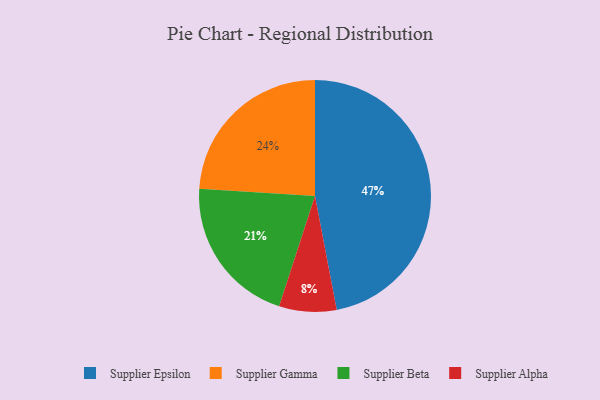
{"axis": {"x": "Category", "y": "Percentage"}, "legend": ["Supplier Alpha", "Supplier Beta", "Supplier Epsilon", "Supplier Gamma"], "data": [{"x": "Supplier Epsilon", "y": 47, "type": "Supplier Epsilon"}, {"x": "Supplier Alpha", "y": 8, "type": "Supplier Alpha"}, {"x": "Supplier Beta", "y": 21, "type": "Supplier Beta"}, {"x": "Supplier Gamma", "y": 24, "type": "Supplier Gamma"}]}